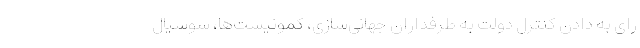
رای به دادن کنترل دولت به طرفداران جهانی‌سازی، کمونیست‌ها، سوسیال